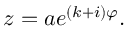
z = a e ^ { ( k + i ) \varphi } .